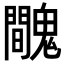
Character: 𩴦